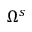
\Omega ^ { s }